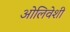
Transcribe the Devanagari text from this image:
ओलिवेशी